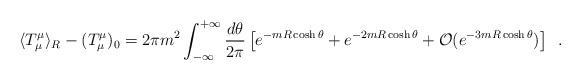
LaTeX: \begin{align*}\langle T^\mu_\mu \rangle_R - (T_\mu^\mu)_0 = 2\pi m^2\int_{-\infty}^{+\infty}\frac{d\theta}{2\pi} \left[e^{-m R \cosh\theta} + e^{-2 m R \cosh\theta} +{\cal O}(e^{-3 m R \cosh\theta})\right]\,\,\,.\end{align*}